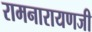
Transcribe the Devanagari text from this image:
रामनारायणजी